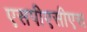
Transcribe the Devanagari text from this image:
एसपीएसीएस